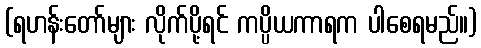
(ရဟန်းတော်များ လိုက်ပို့ရင် ကပ္ပိယကာရက ပါစေရမည်။)